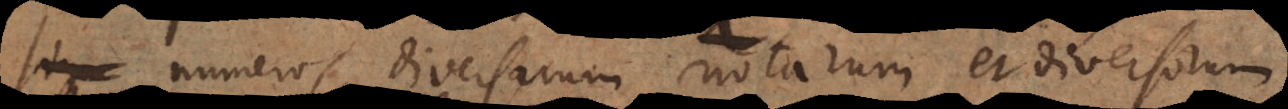
sign numeros diversarum notarum et diversorum